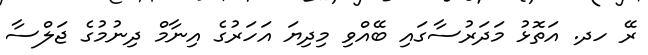
ރޭ ހދ. އަތޮޅު މަދަރުސާގައި ބޭއްވި މިދިޔަ އަހަރުގެ އިނާމް ދިނުމުގެ ޖަލްސާ